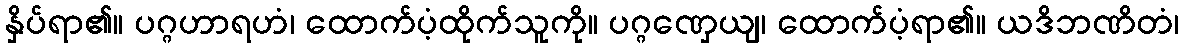
နှိပ်ရာ၏။ ပဂ္ဂဟာရဟံ၊ ထောက်ပံ့ထိုက်သူကို။ ပဂ္ဂဏှေယျ၊ ထောက်ပံ့ရာ၏။ ယဒိဘဏိတံ၊